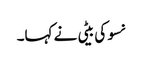
نسو کی بیٹی نے کہا۔